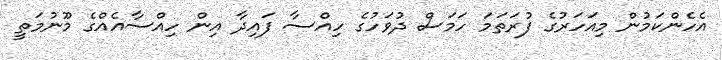
އެހެންކަމުން މިއަހަރުގެ ފުރަތަމަ ހަމަސް ދުވަހުގެ ހިއްސާ ފައިދާ އިން ހިއްސާއެއްގެ މޫނުމަތީ